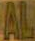
AL